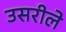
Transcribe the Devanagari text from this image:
उसरीले